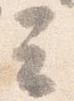
云